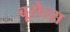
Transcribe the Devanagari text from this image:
बूसेल्स